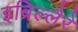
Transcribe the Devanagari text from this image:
इब्रिल्लैरे